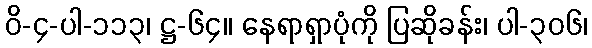
ဝိ-၄-ပါ-၁၁၃၊ ဋ္ဌ-၆၄။ နေရာရှာပုံကို ပြဆိုခန်း၊ ပါ-၃၀၆၊